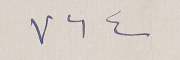
٧٦٤